画像に写った文字を読んでください
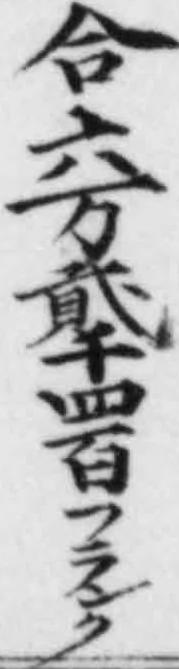
「合六万貳千四百フランク」と書いてあります